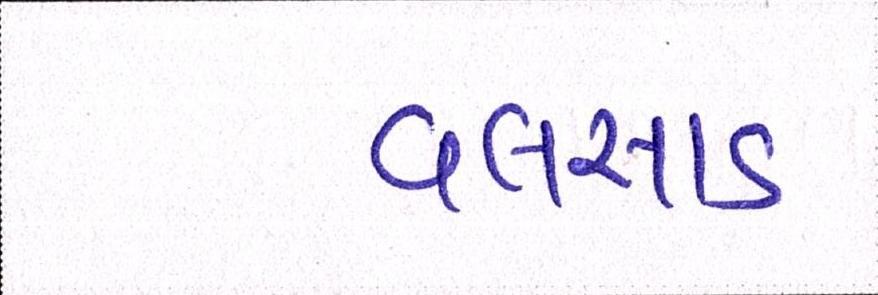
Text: વલસાડ